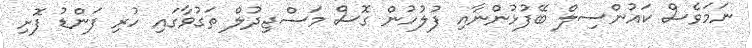
ނަމަވެސް ކައުންސިލް ބޭފުޅުންނާއި ފުލުހުން ގޮސް މަސްޖިދުލް ތަގުވާގައި ހުރި ފަންޑު ފޮށި